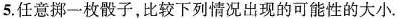
5.任意挪一枚骰子，比较下列情况出现的可能性的大小。